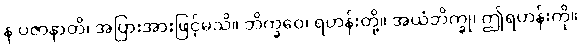
န ပဇာနာတိ၊ အပြားအားဖြင့်မသိ။ ဘိက္ခဝေ၊ ရဟန်းတို့။ အယံဘိက္ခု၊ ဤရဟန်းကို။